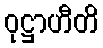
ဝုဋ္ဌာဟီတိ